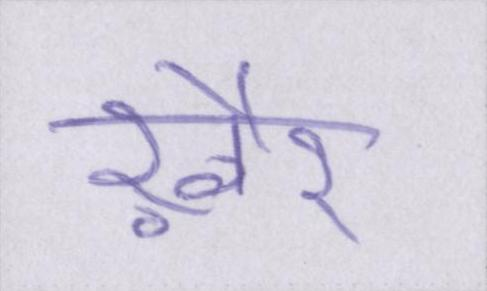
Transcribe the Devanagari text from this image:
ख़ैर